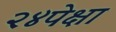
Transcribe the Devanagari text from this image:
२४पेक्षा